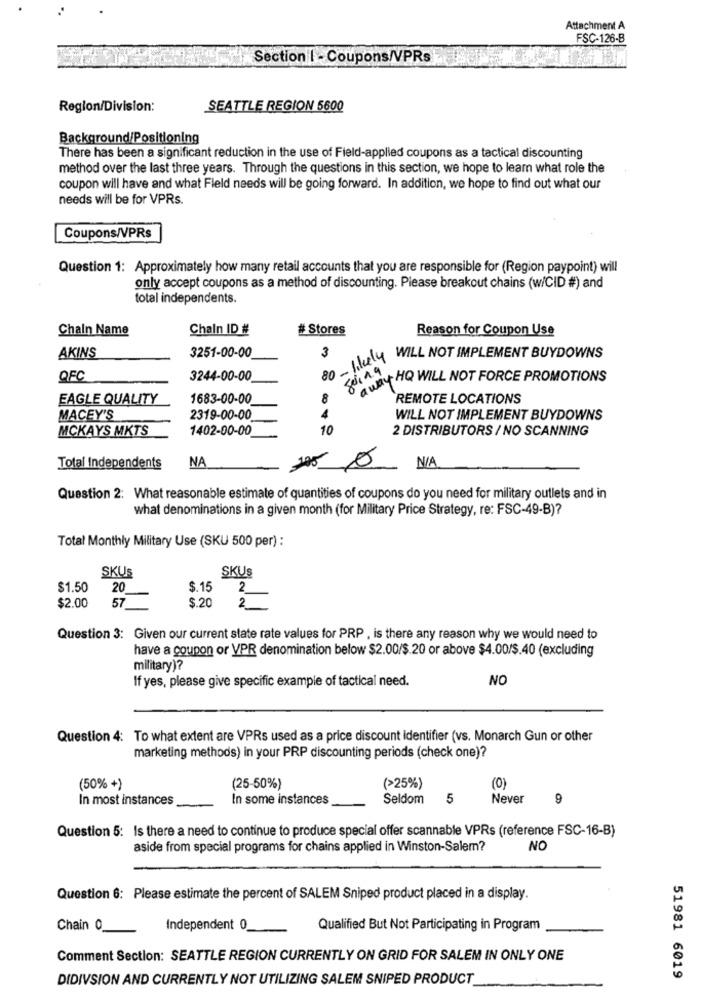
Attachment A
FSC-126-B
Section I - Coupons/VPRs
Region/Division:
SEATTLE REGION 5600
Background/Positioning
There has been a significant reduction in the use of Field-applied coupons as a tactical discounting
method over the last three years. Through the questions in this section, we hope to leam what role the
coupon will have and what Fleld needs will be going forward. In addition, we hope to find out what our
needs will be for VPRs.
Coupons/VPRs
Question 1: Approximately how many retail accounts that you are responsible for (Region paypoint) will
only accept coupons as a method of discounting. Please breakout chains (w/CID #) and
total independents.
Chain Name
Chain ID #
# Stores
Reason for Coupon Use
AKINS
3251-00-00
3
- likely
WILL NOT IMPLEMENT BUYDOWNS
QFC
3244-00-00
80 -
AwayQ WILL NOT FORCE PROMOTIONS
EAGLE QUALITY
1683-00-00
8
REMOTE LOCATIONS
MACEY'S
2319-00-00
WILL NOT IMPLEMENT BUYDOWNS
MCKAYS MKTS
1402-00-00
10
2 DISTRIBUTORS / NO SCANNING
105 0
Total Independents
NA
Question 2: What reasonable estimate of quantities of coupons do you need for military outlets and in
what denominations in a given month (for Military Price Strategy, re: FSC-49-B)?
Total Monthly Military Use (SKU 500 per) :
SKUS
SKUs
$1.50
20
$.15
2
$2.00
57
$.20
2_
Question 3: Given our current state rate values for PRP , is there any reason why we would need to
have a coupon or VPR denomination below $2.00/$.20 or above $4.00/$.40 (excluding
military)?
If yes, please give specific example of tactical need.
NO
Question 4: To what extent are VPRs used as a price discount identifier (vs. Monarch Gun or other
marketing methods) in your PRP discounting periods (check one)?
(50% +)
(25-50%)
(>25%)
(0)
In most instances
In some instances
Seldom
5
Never
9
Question 5: Is there a need to continue to produce special offer scannable VPRs (reference FSC-16-B)
aside from special programs for chains applied in Winston-Salem?
NO
Question 6: Please estimate the percent of SALEM Sniped product placed in a display.
Chain 0.
Independent 0_
Qualified But Not Participating in Program
Comment Section: SEATTLE REGION CURRENTLY ON GRID FOR SALEM IN ONLY ONE
DIDIVSION AND CURRENTLY NOT UTILIZING SALEM SNIPED PRODUCT
51981 6019